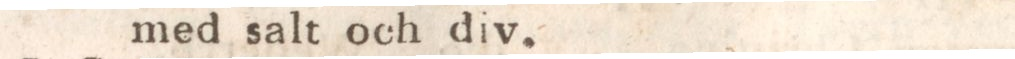
med salt och div.